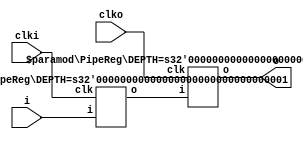
`timescale 1ns / 1ps
/**
 * Various utility modules for clock domain crossing.
 * 
 * @author Yunye Pu
 */
module ClockDomainCross #(
	parameter I_REG = 1,
	parameter O_REG = 1
)(
	input clki, input clko, input i, output o
);
	wire internal;
	PipeReg #(I_REG) inReg(.clk(clki), .i(i), .o(internal));
	PipeReg #(O_REG) outReg(.clk(clko), .i(internal), .o(o));

endmodule

module PipeReg #(
	parameter DEPTH = 1
)(
	input clk, input i, output o
);
	generate
	if(DEPTH < 1)
		assign o = i;
	else if(DEPTH == 1)
	begin
		(* SHREG_EXTRACT = "NO" *)
		reg o_reg;
		always @ (posedge clk) o_reg <= i;
		assign o = o_reg;
	end
	else
	begin
		(* SHREG_EXTRACT = "NO" *)
		reg [DEPTH-1:0] o_reg;
		always @ (posedge clk) o_reg <= {i, o_reg[DEPTH-1:1]};
		assign o = o_reg[0];
	end
	endgenerate
	
endmodule

module PipeReg_rst #(
	parameter LEN = 3,
	parameter INIT = 1'b0
) (
	input clk, input rst,
	input i, output o
);
	
	(* shreg_extract = "no", ASYNC_REG = "TRUE" *)
	reg [LEN-1:0] sync = {LEN{INIT}};
	
	always @ (posedge clk or posedge rst)
	if(rst)
		sync <= {LEN{INIT}};
	else
		sync <= {sync[LEN-2:0], i};
	
	assign o = sync[LEN-1];
	
endmodule

module Handshake_freqUp( //clkAck has a higher frequency than clkStb
	input clkStb, input clkAck,
	input stbI, output reg stbO,
	input ackI, output reg ackO
);
	always @ (posedge clkAck)
	if(ackI)
		stbO <= 1'b0;
	else if(stbI)
		stbO <= 1'b1;
	
	reg ack;
	always @ (posedge clkStb or posedge ackI)
	if(ackI)
		ack <= 1'b1;
	else
		ack <= 1'b0;
	always @ (posedge clkStb)
		ackO <= ack;
	
endmodule

module Handshake_freqDown( // clkAck has a lower or equal frequency than clkStb
	input clkStb, input clkAck,
	input stbI, output reg stbO,
	input ackI, output reg ackO
);
	always @ (posedge clkAck or posedge stbI)
	if(stbI)
		stbO <= 1'b1;
	else if(ackI)
		stbO <= 1'b0;
	
	always @ (posedge clkStb)
		ackO <= ackI;
	
endmodule

module AsyncHandshake #(
	parameter STB_FREQ = 100,
	parameter ACK_FREQ = 100
)(
	input clkStb, input clkAck,
	input stbI, output stbO,
	input ackI, output ackO
);

	generate if(STB_FREQ < ACK_FREQ)
	begin: FREQ_UP
		Handshake_freqUp up(clkStb, clkAck, stbI, stbO, ackI, ackO);
	end else begin: FREQ_DOWN
		Handshake_freqDown down(clkStb, clkAck, stbI, stbO, ackI, ackO);
	end endgenerate

endmodule

module EdgeDetector #(
	parameter INIT = 1'b1
)(
	input clk, input rst,
	input i, output rise, output fall
);
	reg [1:0] in_reg = {2{INIT}};
	always @ (posedge clk)
	if(rst)
		in_reg <= {2{INIT}};
	else
		in_reg <= {in_reg[0], i};
	
	assign rise = (in_reg == 2'b01);
	assign fall = (in_reg == 2'b10);
	
endmodule